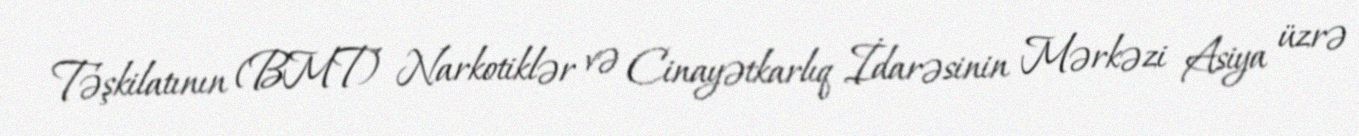
Təşkilatının (BMT) Narkotiklər və Cinayətkarlıq İdarəsinin Mərkəzi Asiya üzrə